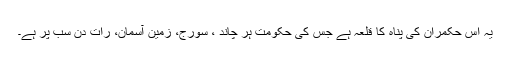
یہ اس حکمران کی پناہ کا قلعہ ہے جس کی حکومت ہر چاند ، سورج، زمین آسمان، رات دن سب پر ہے۔